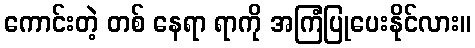
ကောင်းတဲ့ တစ် နေရာ ရာကို အကြံပြုပေးနိုင်လား။